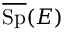
{ \overline { { \operatorname { S p } } } } ( E )